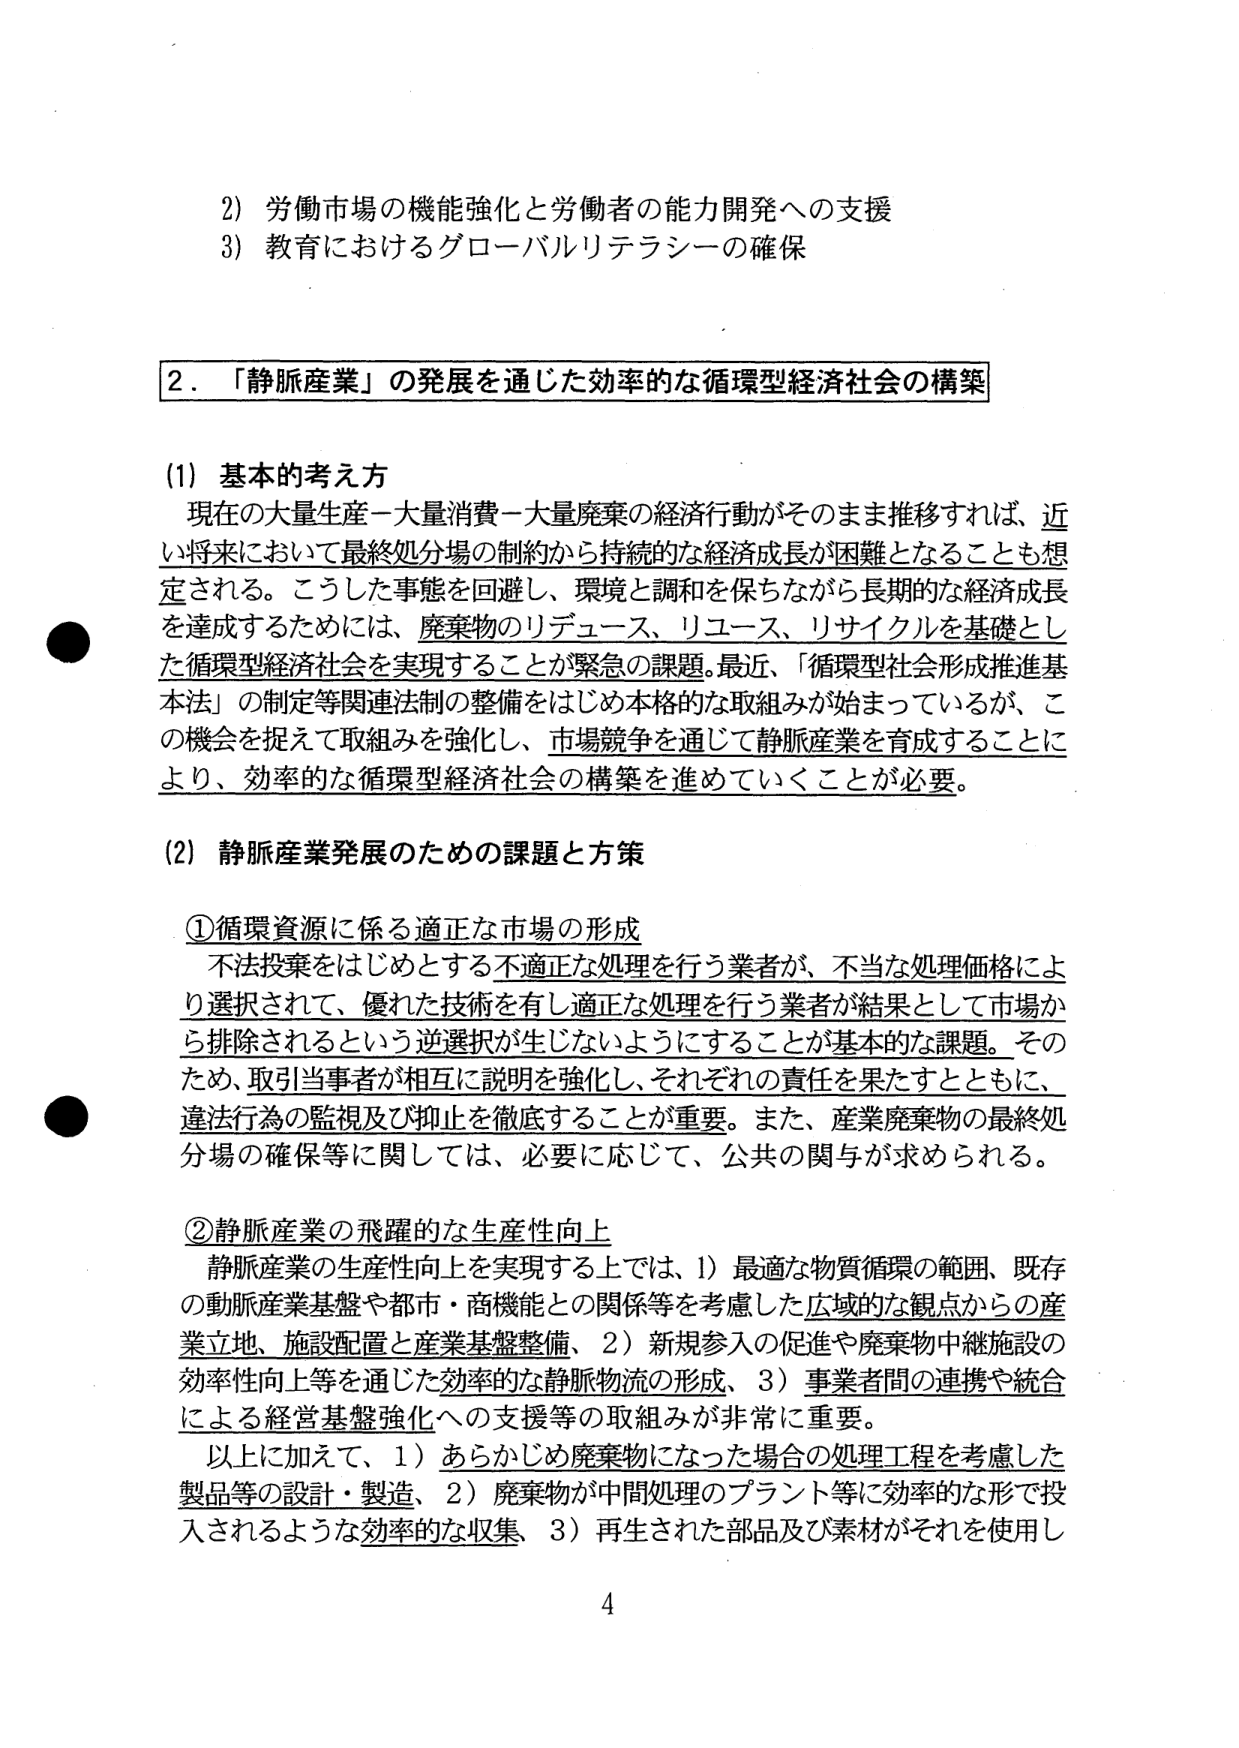
2) 労働市場の機能強化と労働者の能力開発への支援
3) 教育におけるグローバルリテラシーの確保

2．「静脈産業」の発展を通じた効率的な循環型経済社会の構築

(1) 基本的考え方
現在の大量生産－大量消費－大量廃棄の経済行動がそのまま推移すれば、近い将来において最終処分場の制約から持続的な経済成長が困難となることも想定される。こうした事態を回避し、環境と調和を保ちながら長期的な経済成長を達成するためには、廃棄物のリデュース、リユース、リサイクルを基礎とした循環型経済社会を実現することが緊急の課題。最近、「循環型社会形成推進基本法」の制定等関連法制の整備をはじめ本格的な取組みが始まっているが、この機会を捉えて取組みを強化し、市場競争を通じて静脈産業を育成することにより、効率的な循環型経済社会の構築を進めていくことが必要。

(2) 静脈産業発展のための課題と方策

①循環資源に係る適正な市場の形成
不法投棄をはじめとする不適正な処理を行う業者が、不当な処理価格により選択されて、優れた技術を有し適正な処理を行う業者が結果として市場から排除されるという逆選択が生じないようにすることが基本的な課題。そのため、取引当事者が相互に説明を強化し、それぞれの責任を果たすとともに、違法行為の監視及び抑止を徹底することが重要。また、産業廃棄物の最終処分場の確保等に関しては、必要に応じて、公共の関与が求められる。

②静脈産業の飛躍的な生産性向上
静脈産業の生産性向上を実現する上では、1）最適な物質循環の範囲、既存の動脈産業基盤や都市・商機能との関係等を考慮した広域的な観点からの産業立地、施設配置と産業基盤整備、2）新規参入の促進や廃棄物中継施設の効率性向上等を通じた効率的な静脈物流の形成、3）事業者間の連携や統合による経営基盤強化への支援等の取組みが非常に重要。
以上に加えて、1）あらかじめ廃棄物になった場合の処理工程を考慮した製品等の設計・製造、2）廃棄物が中間処理のプラント等に効率的な形で投入されるような効率的な収集、3）再生された部品及び素材がそれを使用し

4